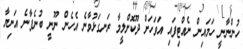
ހުންނާނީ ހަަމައިން ނެއްޓިފައި އަވަހަށް ދޫކޮށްލީމާ ރަނގަޅުވާނެ އެހެން ނޫނީ ބުނެފާނެ އަނިޔާ